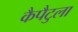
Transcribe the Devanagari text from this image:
कैपैटुला